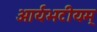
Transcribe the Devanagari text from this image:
आर्यभटीयम्‌